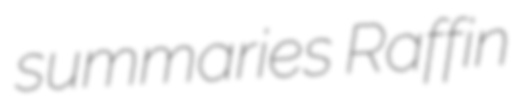
summaries Raffin